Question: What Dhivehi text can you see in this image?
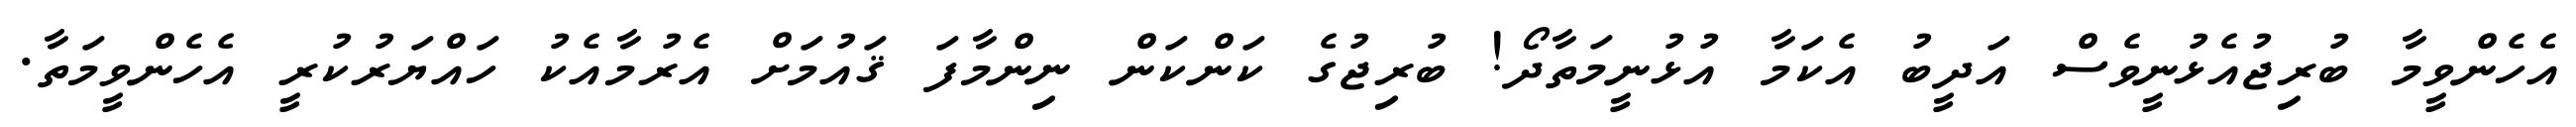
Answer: އެހެންވީމާ ބުރިޖުއެޅުނީވެސް އަދީބު އެކަމާ އުޅުނީމަތާދޯ! ބުރިޖުގެ ކަންކަން ނިންމާފަ ޤައުމަށް އެރުމާއެކު ހައްޔަރުކުރީ އެހެންވީމަތާ.